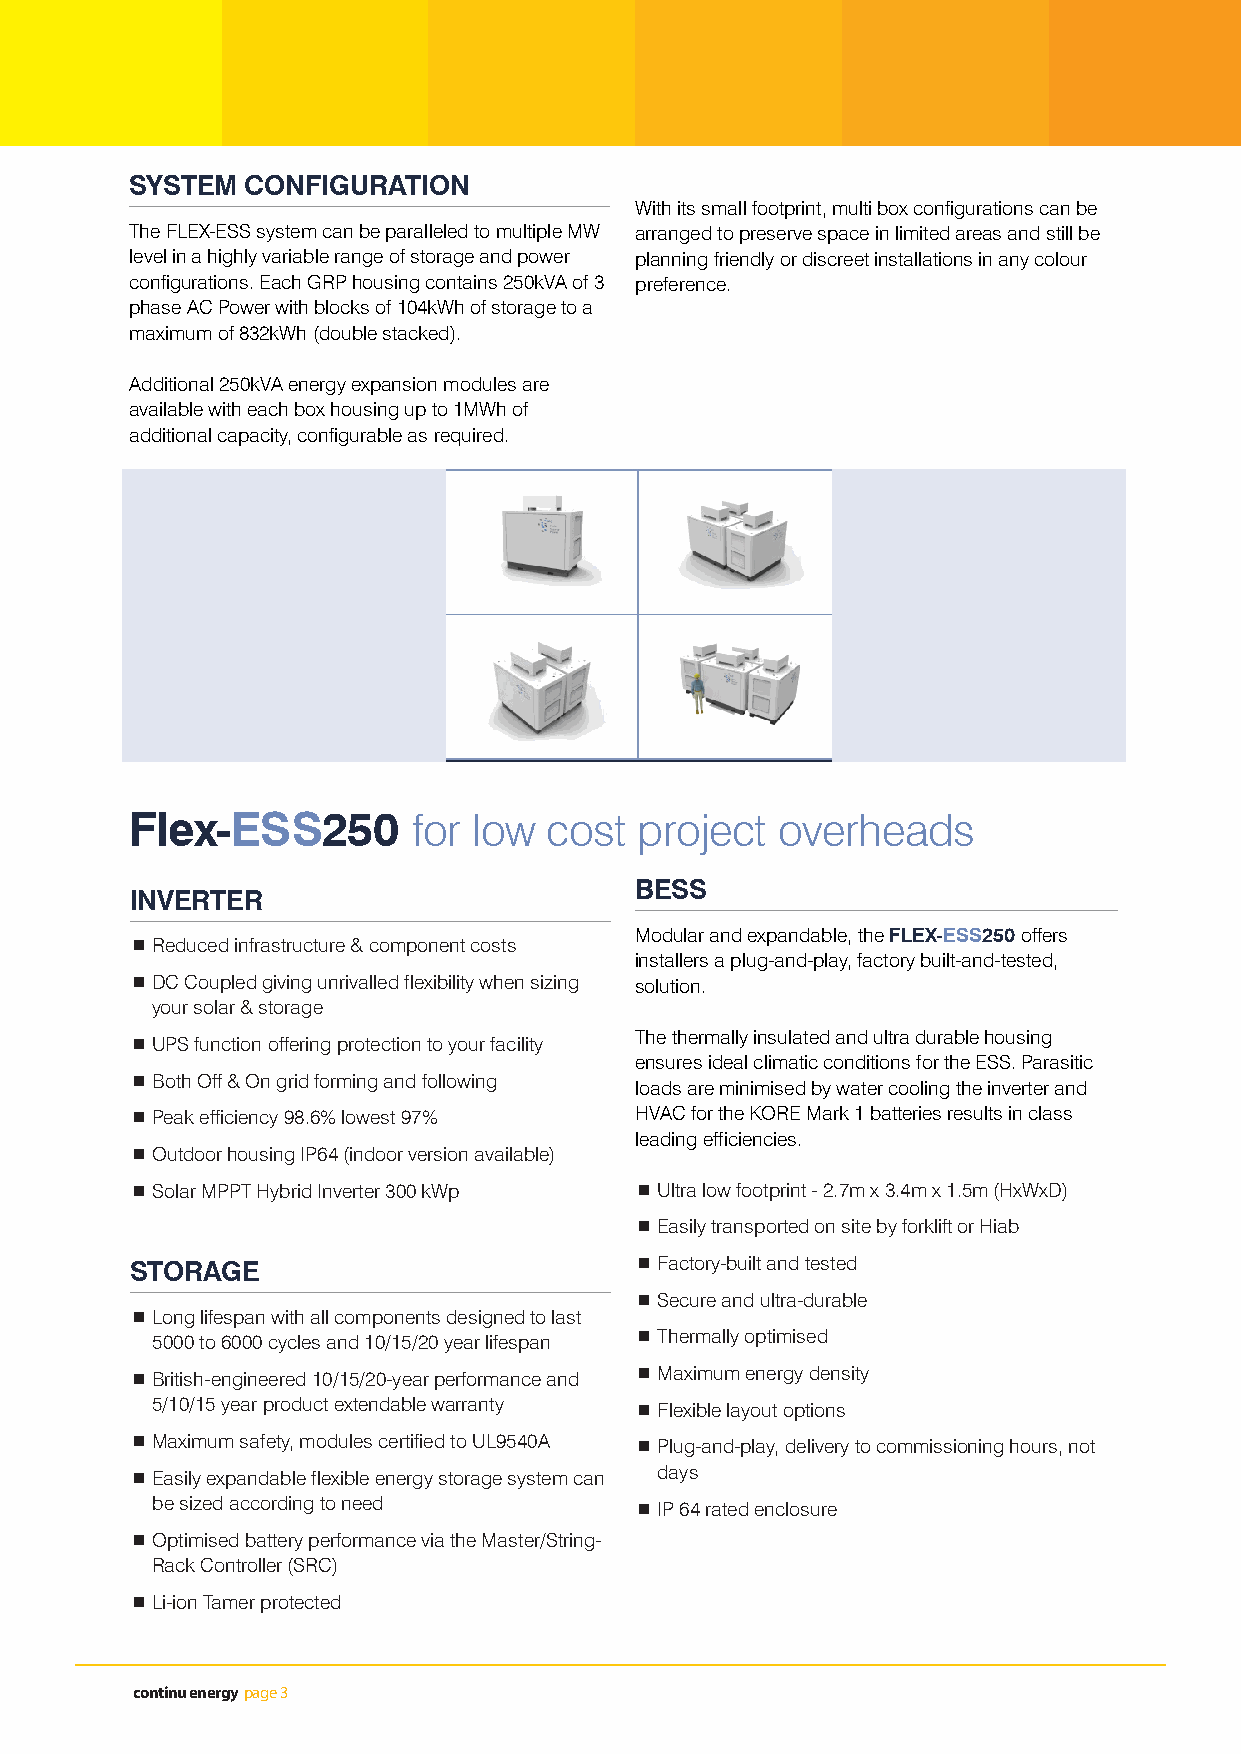
SYSTEM CONFIGURATION
 With its small footprint, multi box configurations can be
 The FLEX-ESS system can be paralleled to multiple MW arranged to preserve space in limited areas and still be
 level in a highly variable range of storage and power planning friendly or discreet installations in any colour
 configurations. Each GRP housing contains 250kVA of 3 preference.
 phase AC Power with blocks of 104kWh of storage to a
 maximum of 832kWh (double stacked).
 Additional 250kVA energy expansion modules are
 available with each box housing up to 1MWh of
 additional capacity, configurable as required.
 Flex-ESS250       for low  cost  project  overheads
 BESS
 INVERTER
 Modular and expandable, the FLEX-ESS250 offers
 Reduced infrastructure & component costs
 installers a plug-and-play, factory built-and-tested,
 DC Coupled giving unrivalled flexibility when sizing solution.
 your solar & storage
 The thermally insulated and ultra durable housing
 UPS function offering protection to your facility
 ensures ideal climatic conditions for the ESS. Parasitic
 Both Off & On grid forming and following
 loads are minimised by water cooling the inverter and
 Peak efficiency 98.6% lowest 97% HVAC for the KORE Mark 1 batteries results in class
 leading efficiencies.
 Outdoor housing IP64 (indoor version available)
 Solar MPPT Hybrid Inverter 300 kWp Ultra low footprint - 2.7m x 3.4m x 1.5m (HxWxD)
 Easily transported on site by forklift or Hiab
 STORAGE                           Factory-built and tested
 Secure and ultra-durable
 Long lifespan with all components designed to last
 5000 to 6000 cycles and 10/15/20 year lifespan Thermally optimised
 British-engineered 10/15/20-year performance and Maximum energy density
 5/10/15 year product extendable warranty Flexible layout options
 Maximum safety, modules certified to UL9540A Plug-and-play, delivery to commissioning hours, not
 Easily expandable flexible energy storage system can days
 be sized according to need       IP 64 rated enclosure
 Optimised battery performance via the Master/String-
 Rack Controller (SRC)
 Li-ion Tamer protected
 continu energy page 3